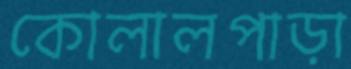
কোলালপাড়া